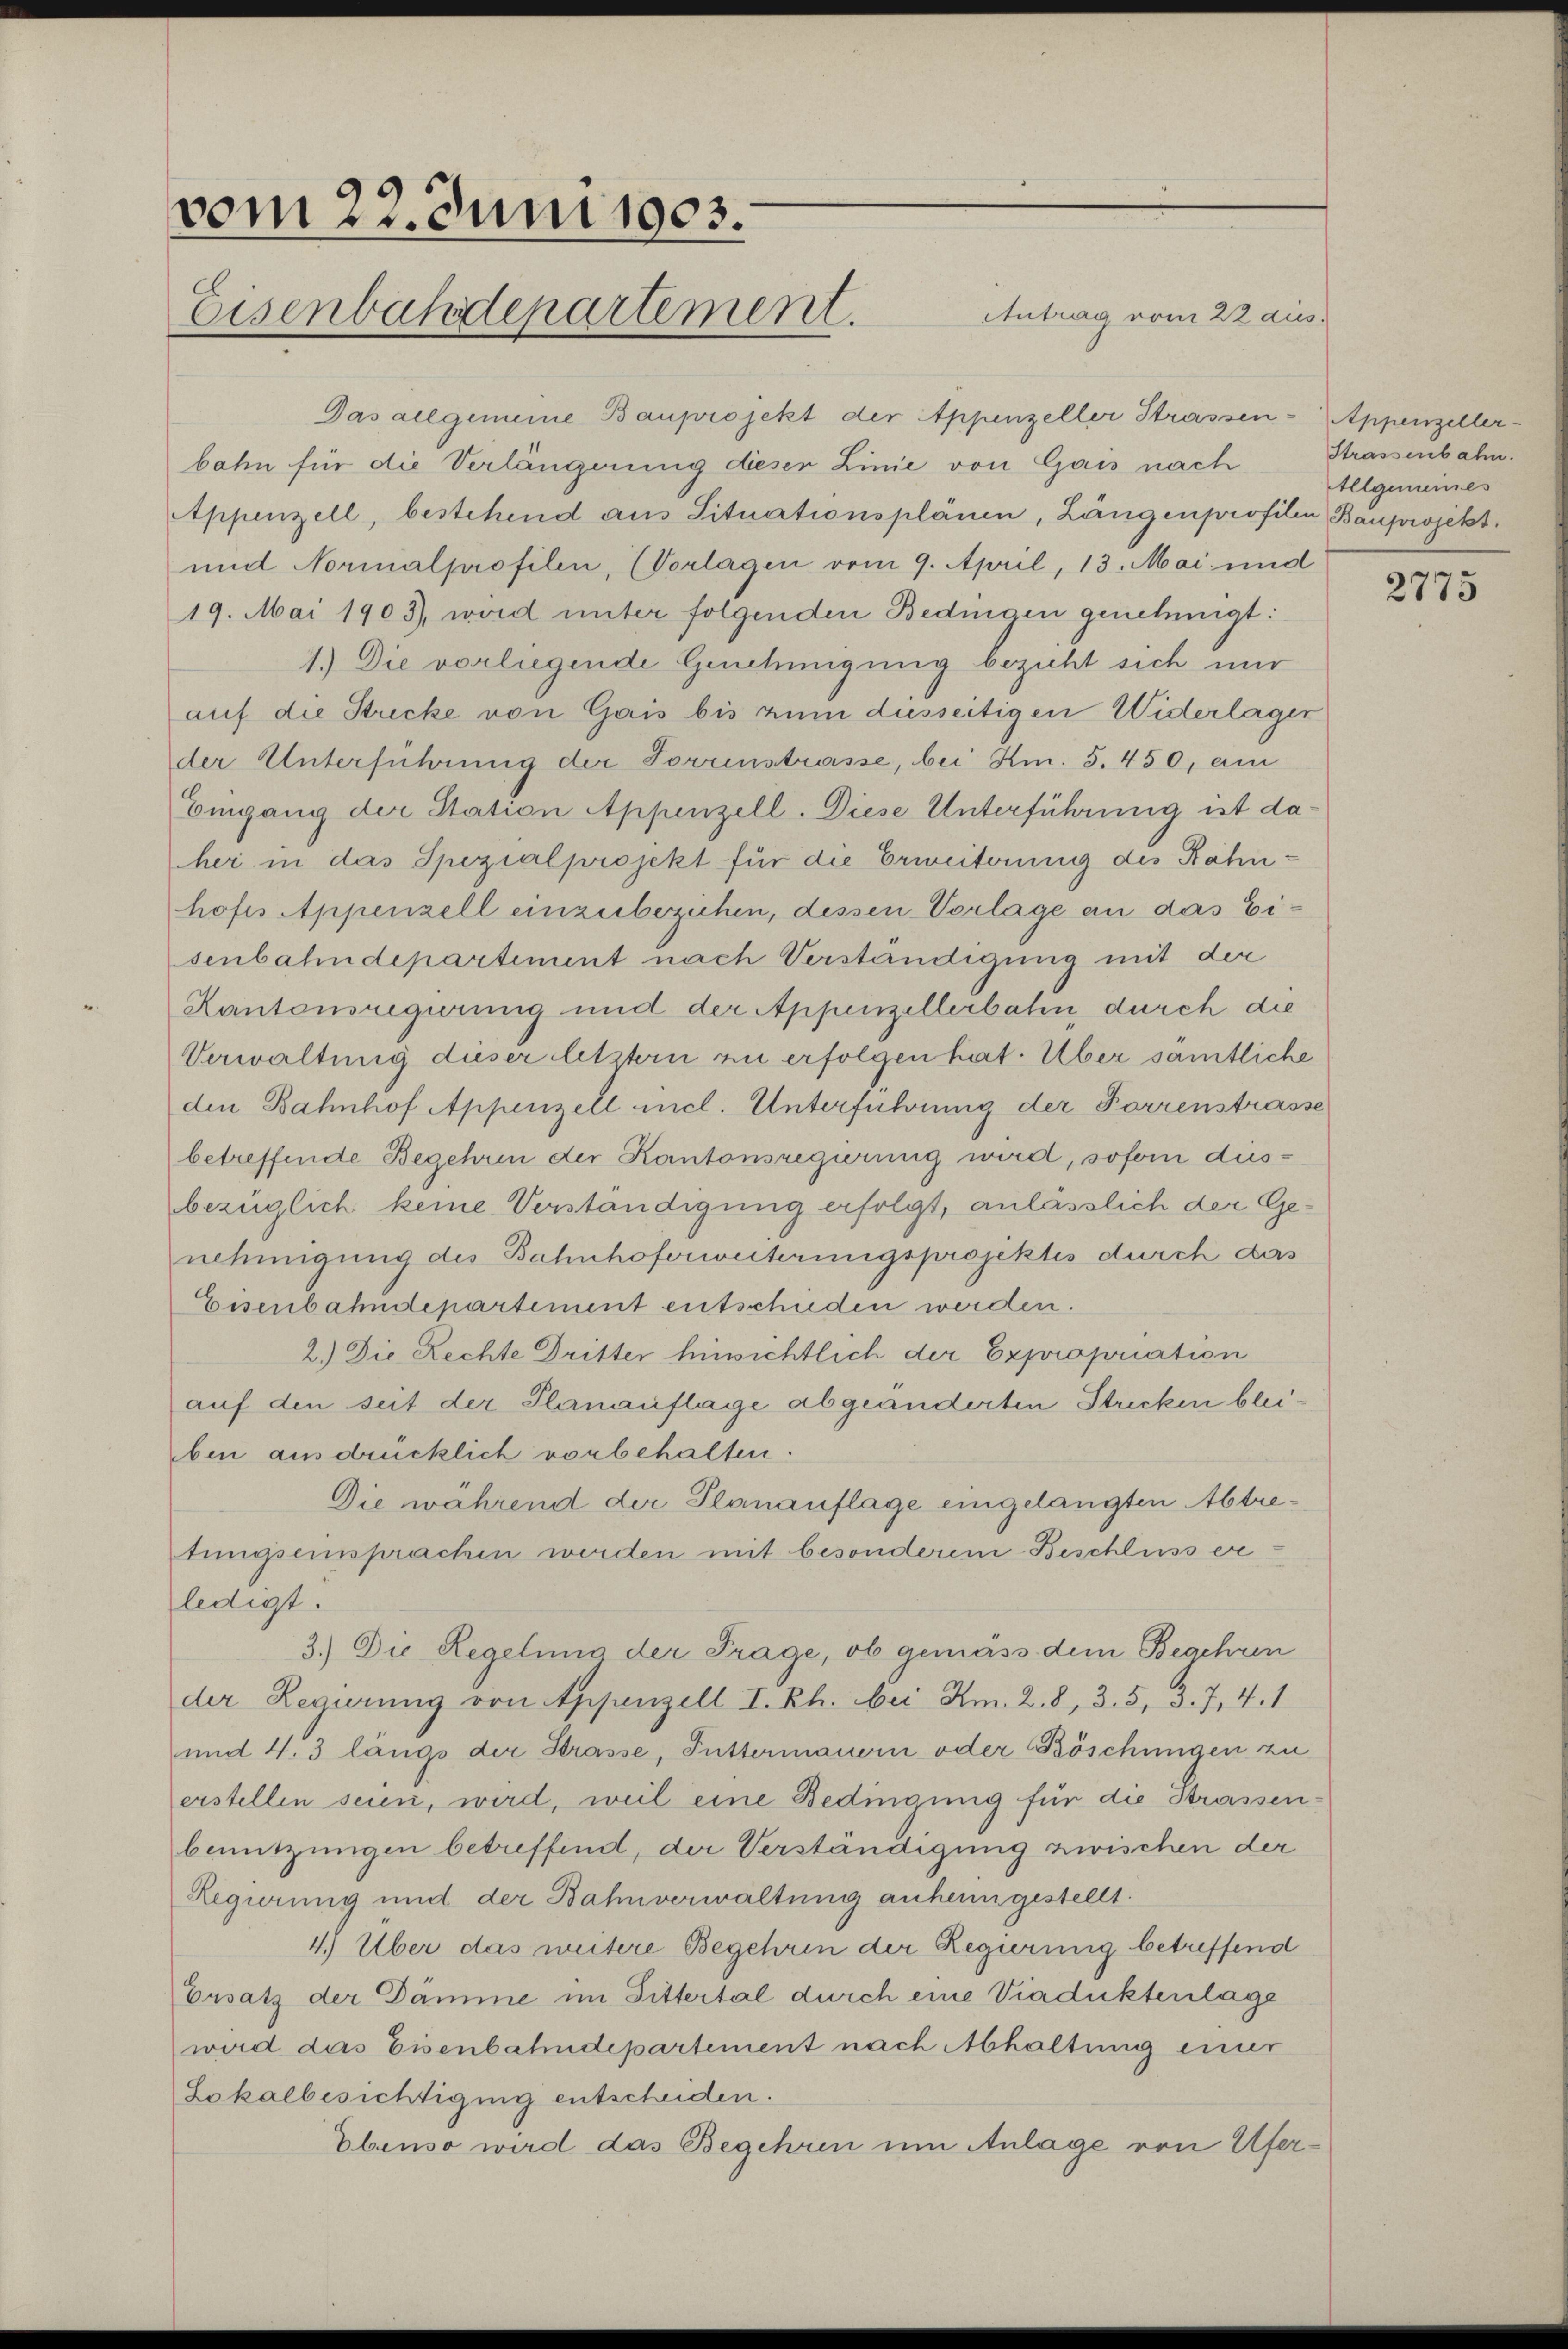
vom 22. Juni 1903.
Eisenbahndepartement.

Antrag vom 22 aus.

Das allgemeine Bauprojekt der Appenzeller Strassen-Appenzeller-
bahn für die Verlängerung dieser Linie von Gais nach
Appenzell, bestehend aus Situationsplänen, Längenprofilen Bauprojekt.
und Normalprofilen, (Vorlagen vom 9. April, 13. Mai und
19. Mai 1903), wird unter folgenden Bedingen genehmigt:
1.) Die vorliegende Genehmigung bezieht sich nur
auf die Stricke von Gais bis zum diesseitigen Widerlager
der Unterführung der Torrinstrasse, bei Km. S. 450, am
Eingang der Station Appenzell. Diese Unterführung ist daher in das Spezialprojekt für die Erweiterung des Rähnhofes Appenzell einzubezuhen, dessen Vorlage an das Eisenbahndepartement nach Verständigung mit der
Kantonsregierung und der Appenzellerbahn, durch die
Verwaltung dieser letztern zu erfolgen hat. Über samtliche
den Bahnhof Appenzell incl. Unterführung der Forrenstrasse
betreffende Begehren der Kantonsregierung wird, soforn dusbezüglich keine Verständigung erfolgt, anlässlich der Genehmigung des Bahnhoferweiterungsprojektes durch das
Eisenbahndepartement entschieden werden.
2.) Die Rechte Dritter hinsichtlich der Expropriation
auf den seit der Planauflage abgeänderten Stricken bleiben ausdrücklich vorbehalten.
Die während der Planauflage eingelangten Abtretungseinsprachen werden mit besonderem Beschluss er-
ledigt.
3.) Die Regelung der Frage, ob gemäss dem Begehren
der Regierung von Appenzell I. Rh. bei Am. 2. 8, 35, 3.7.4.1
und 4.3 längs der Strasse, Futtermauern oder Böschungen zu
erstellen seien, wird, weil eine Bedingung für die Strassenbenutzungen betreffend, der Verständigung zwischen der
Regierung und der Bahnverwaltung anheimgestellt.
4.) Über das weitere Begehren der Regierung betreffend
Ersatz der Dämme im Sittertal durch eine Viaduktenlage
wird das Eisenbahndepartement nach Abhaltung einer
Lokalbesichtigung entscheiden.
Ebenso wird das Begehren um Anlage von Ufer¬

Strassenbahn.
Allgemeines

2775